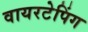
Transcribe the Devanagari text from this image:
वायरटेपिंग